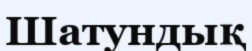
Шатундық